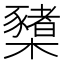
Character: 櫫